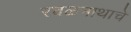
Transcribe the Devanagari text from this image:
रवळनाथाचे